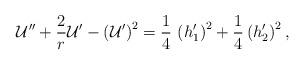
LaTeX: \begin{align*}{\cal U}''+{2 \over r}{\cal U}'-\left({\cal U}'\right)^2={1 \over 4}\, \left(h_1^\prime \right)^2+ {1 \over 4}\left(h_2^\prime \right)^2,\end{align*}